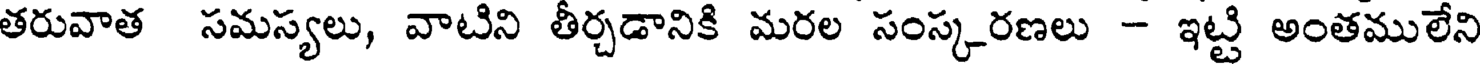
తరువాత సమస్యలు, వాటిని తీర్చడానికి మరల సంస్కరణలు - ఇట్టి అంతములేని